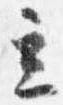
立